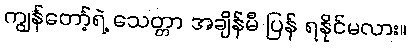
ကျွန်တော့်ရဲ့ သေတ္တာ အချိန်မီ ပြန် ရနိုင်မလား။